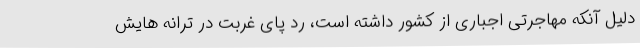
دلیل آنکه مهاجرتی اجباری از کشور داشته است، رد پای غربت در ترانه هایش